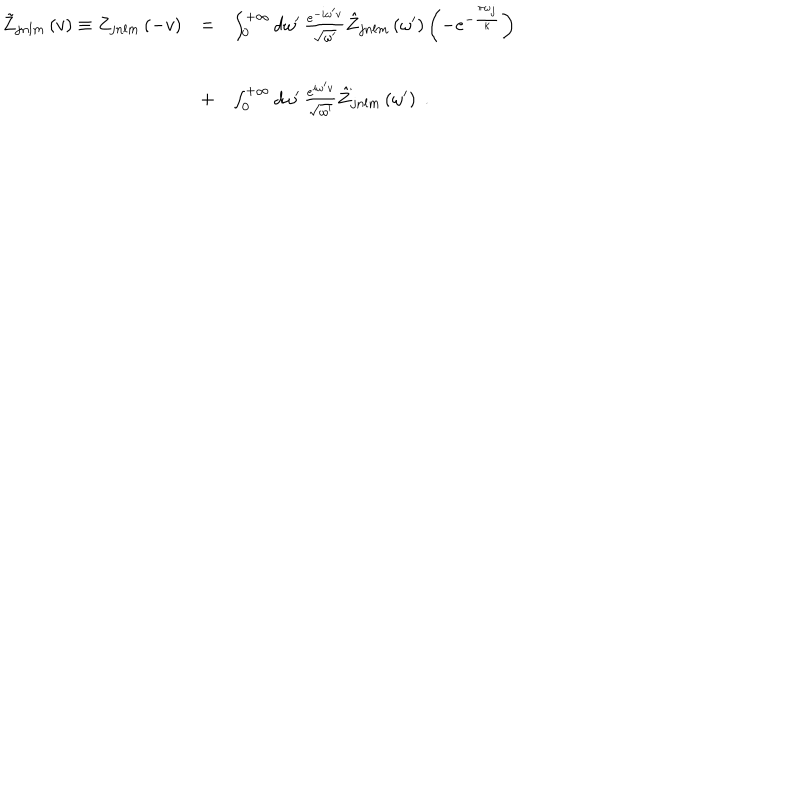
\begin{array} { l c l } { { \tilde { Z } _ { j n l m } \left( v \right) \equiv Z _ { j n l m } \left( - v \right) } } & { { = } } & { { \int _ { 0 } ^ { + \infty } d \omega ^ { \prime } \, \frac { e ^ { - i \omega ^ { \prime } v } } { \sqrt { \omega ^ { \prime } } } \hat { Z } _ { j n l m } \left( \omega ^ { \prime } \right) \left( - e ^ { - { \frac { \pi \omega _ { j } } { \kappa } } } \right) } } \\ { { \ } } & { { + } } & { { \int _ { 0 } ^ { + \infty } d \omega ^ { \prime } \, \frac { e ^ { i \omega ^ { \prime } v } } { \sqrt { \omega ^ { \prime } } } \hat { Z } _ { j n l m } \left( \omega ^ { \prime } \right) \; . } } \\ \end{array}